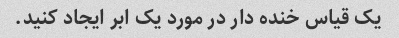
یک قیاس خنده دار در مورد یک ابر ایجاد کنید.